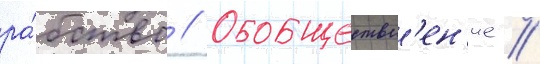
ра́бство // Обобществл'ен'ие //